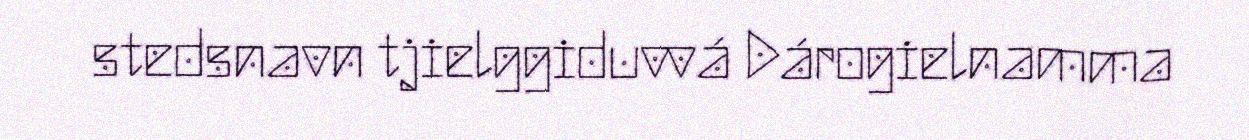
stedsnavn tjielggiduvvá Dárogielnamma